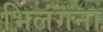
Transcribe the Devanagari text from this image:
भिलंगना